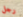
رجل